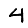
Digit: 4